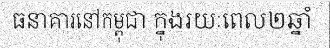
ធនាគារនៅកម្ពុជា ក្នុងរយៈពេល២ឆ្នាំ